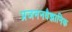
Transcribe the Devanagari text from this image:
प्रजननवैज्ञानिक